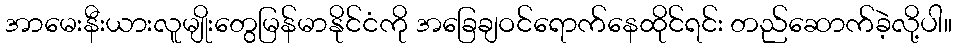
အာမေးနီးယားလူမျိုးတွေမြန်မာနိုင်ငံကို အခြေချဝင်ရောက်နေထိုင်ရင်း တည်ဆောက်ခဲ့လို့ပါ။